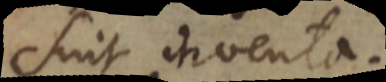
sint inventa.